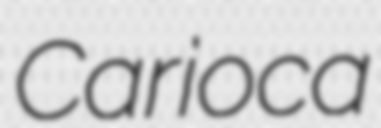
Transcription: Carioca